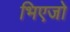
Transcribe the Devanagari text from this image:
भिएजो